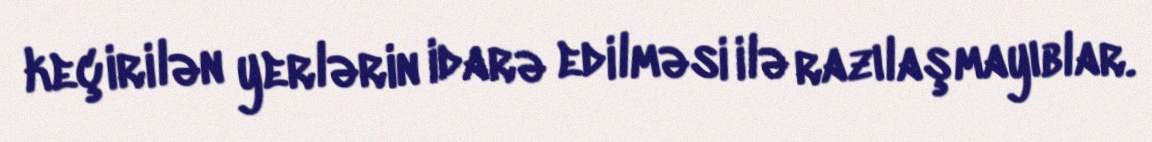
keçirilən yerlərin idarə edilməsi ilə razılaşmayıblar.